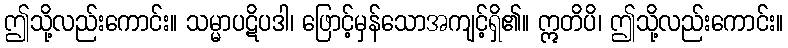
ဤသို့လည်းကောင်း။ သမ္မာပဋိပဒါ၊ ဖြောင့်မှန်သောအကျင့်ရှိ၏။ ဣတိပိ၊ ဤသို့လည်းကောင်း။